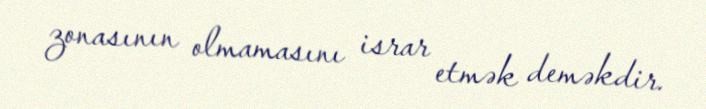
zonasının olmamasını israr etmək deməkdir.